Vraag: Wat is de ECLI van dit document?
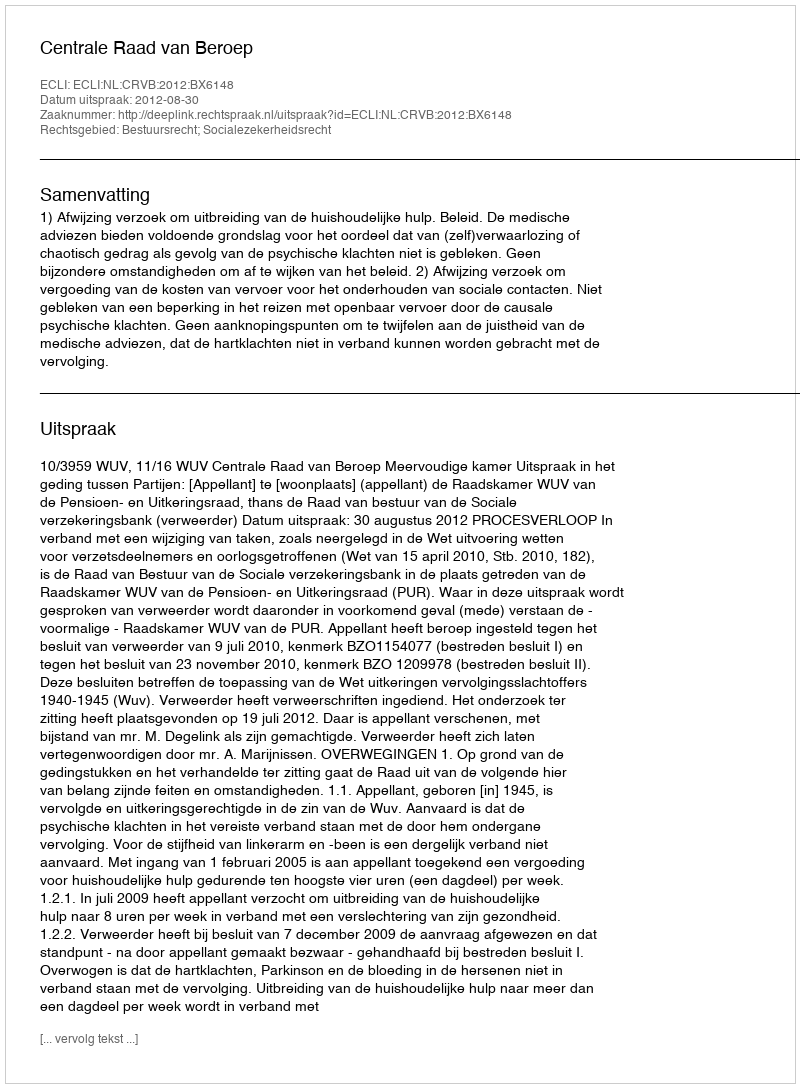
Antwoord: ECLI:NL:CRVB:2012:BX6148